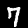
Digit: 7